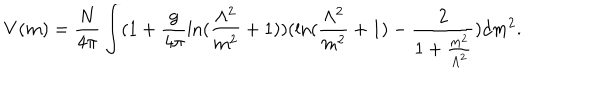
V ( m ) = \frac { N } { 4 \pi } \int ( 1 + \frac { g } { 4 \pi } \mathrm { l n } ( \frac { \Lambda ^ { 2 } } { m ^ { 2 } } + 1 ) ) ( \mathrm { l n } ( \frac { \Lambda ^ { 2 } } { m ^ { 2 } } + 1 ) - \frac { 2 } { 1 + \frac { m ^ { 2 } } { \Lambda ^ { 2 } } } ) d m ^ { 2 } .